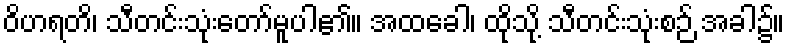
ဝိဟရတိ၊ သီတင်းသုံးတော်မူပါ၏။ အထခေါ၊ ထိုသို့ သီတင်းသုံးစဉ် အခါ၌။